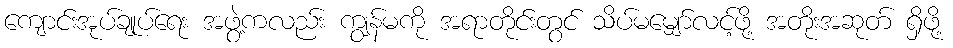
ကျောင်းအုပ်ချုပ်ရေး အဖွဲ့ကလည်း ကျွန်မကို အရာတိုင်းတွင် သိပ်မမျှော်လင့်ဖို့ အတိုးအဆုတ် ရှိဖို့